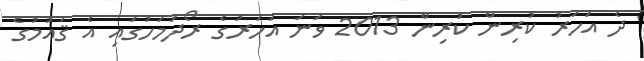
ދެ އަހަރު ކުރިން ކުރިން 2013 ވަނަ އަހަރުގެ ރޯދަމަހުގައި އެ ޤައުމުގެ